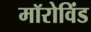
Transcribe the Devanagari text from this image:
मॉरोविंड